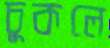
চুকলে